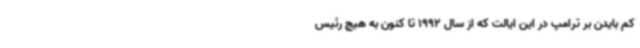
کم بایدن بر ترامپ در این ایالت که از سال 1992 تا کنون به هیچ رئیس